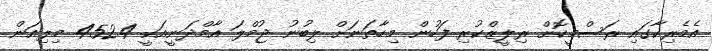
އެމެރިކާގައި ރަސްމީކޮށް ރިލީޒްކުރި ފަހުން މިހާތަނަށް ލިބުނު ޖުމްލަ އާމްދަނީއަކީ 452.4 މިލިއަން